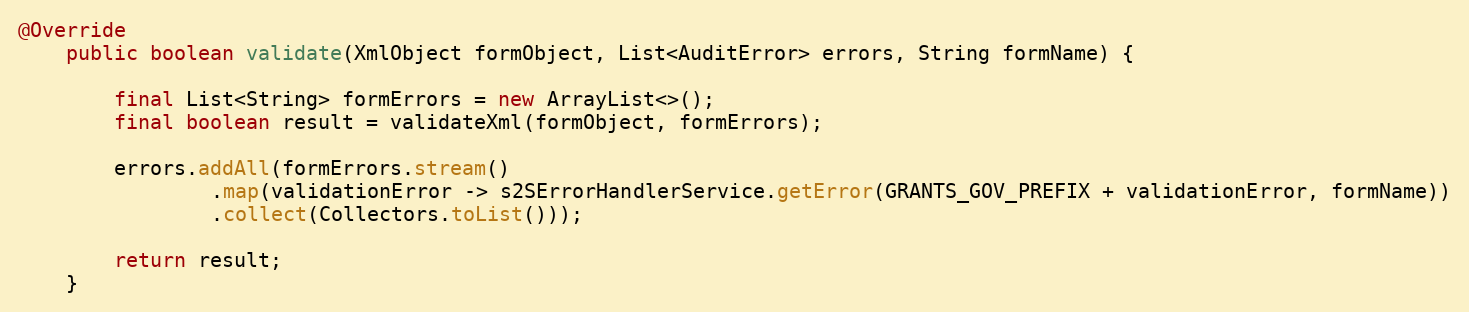
Language: Java
@Override
    public boolean validate(XmlObject formObject, List<AuditError> errors, String formName) {

        final List<String> formErrors = new ArrayList<>();
        final boolean result = validateXml(formObject, formErrors);

        errors.addAll(formErrors.stream()
                .map(validationError -> s2SErrorHandlerService.getError(GRANTS_GOV_PREFIX + validationError, formName))
                .collect(Collectors.toList()));

        return result;
    }